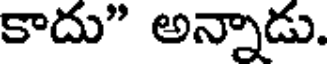
కాదు" అన్నాడు.